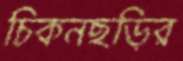
চিকনছড়ির